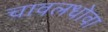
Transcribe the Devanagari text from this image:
चावलधोवा